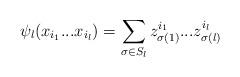
LaTeX: \begin{align*}\psi_l(x_{i_1}...x_{i_l})=\sum_{\sigma\in S_l}z_{\sigma(1)}^{i_1}...z_{\sigma(l)}^{i_l} \end{align*}